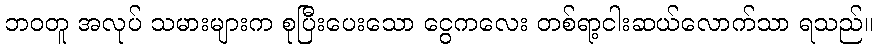
ဘဝတူ အလုပ် သမားများက စုပြီးပေးသော ငွေကလေး တစ်ရာ့ငါးဆယ်လောက်သာ ရသည်။